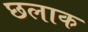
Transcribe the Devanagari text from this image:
छलाक